Note on the mental hospitals in Burma - 1925-1940
Year: 1925
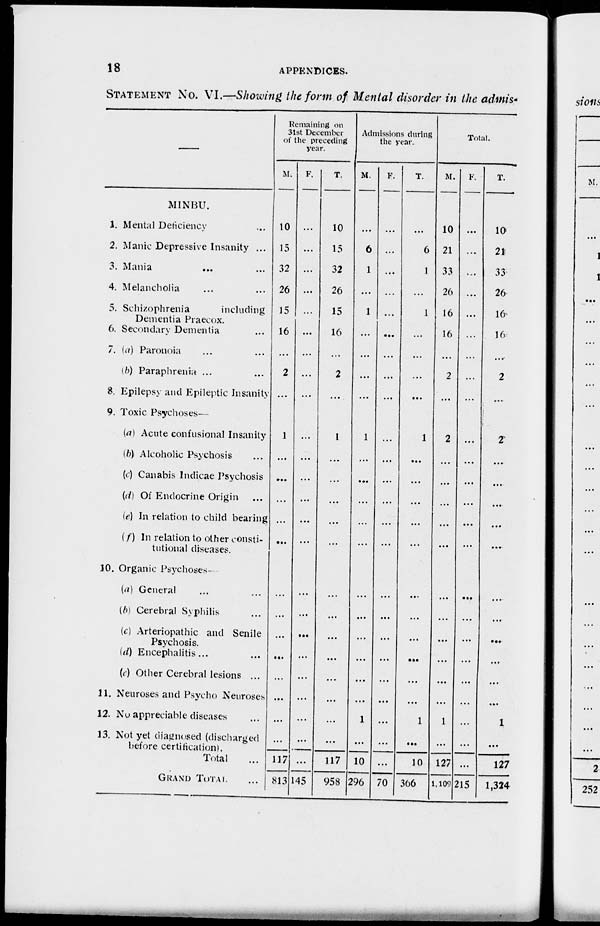
18
APPENDICES.
STATEMENT No. VI.—Showing the form of Mental disorder in the admis-
—
1.
2.
3.
4.
5.
6.
7.
8.
9.
10.
11.
12.
13.
MINBU.
Mental Deficiency ...
Manic Depressive Insanity ...
Mania
...
...
Melancholia ... ...
Schizophrenia
including
Dementia Praecox.
Secondary Dementia ...
(a) Paronoia ... ...
(b) Paraphrenia ... ...
Epilepsy and Epileptic Insanity
Toxic Psychoses—
(a) Acute confusional Insanity
(b) Alcoholic Psychosis ...
(c) Canabis Indicae Psychosis
(d) Of Endocrine Origin ...
(e) In relation to child bearing
(f) In relation to other consti-
tutional diseases.
Organic Psychoses—
(a) General ... ...
(b) Cerebral Syphilis ...
(c) Arteriopathic and Senile
Psychosis.
(d) Encephalitis... ...
(e) Other Cerebral lesions ...
Neuroses and Psycho Neuroses
No appreciable diseases ...
Not yet diagnosed (discharged
before certification).
Total ...
GRAND TOTAL ...
Remaining on
31st December
of the preceding
year.
M.
10
15
32
26
15
16
...
2
...
1
...
...
...
...
...
...
...
...
...
...
...
...
...
117
813
F.
...
...
...
...
...
...
...
...
...
...
...
...
...
...
...
...
...
...
...
...
...
...
...
...
145
T.
10
15
32
26
15
16
...
2
...
1
...
...
...
...
...
...
...
...
...
...
...
...
...
117
958
Admissions during
the year.
M.
...
6
1
...
1
...
...
...
...
1
...
...
...
...
...
...
...
...
...
...
...
1
...
10
296
F.
...
...
...
...
...
...
...
...
...
...
...
...
...
...
...
...
...
...
...
...
...
...
...
...
70
T.
...
6
1
...
1
...
...
...
...
1
...
...
...
...
...
...
...
...
...
...
...
1
...
10
366
Total.
M.
10
21
33
26
16
16
...
2
...
2
...
...
...
...
...
...
...
...
...
...
...
1
...
127
1,109
F.
...
...
...
...
...
...
...
...
...
...
...
...
...
...
...
...
...
...
...
...
...
...
...
...
215
T.
10
21
33
26
16
16
...
2
...
2
...
...
...
...
...
...
...
...
...
...
...
1
...
127
1,324